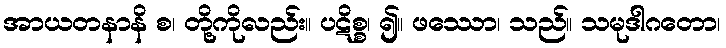
အာယတနာနိ စ၊ တို့ကိုလည်း။ ပဋိစ္စ၊ ၍။ ဖဿော၊ သည်။ သမုဒါဂတော၊